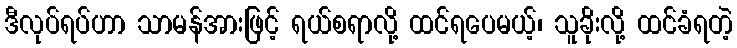
ဒီလုပ်ရပ်ဟာ သာမန်အားဖြင့် ရယ်စရာလို့ ထင်ရပေမယ့်၊ သူခိုးလို့ ထင်ခံရတဲ့